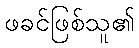
ဖခင်ဖြစ်သူ၏